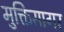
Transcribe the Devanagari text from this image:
मुक्तिसागर